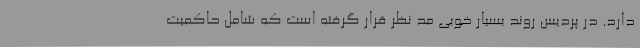
دارد. در پردیس روند بسیار خوبی مد نظر قرار گرفته است که شامل حاکمیت